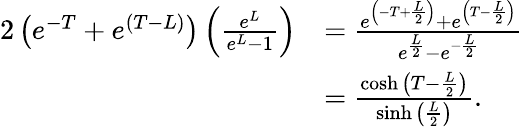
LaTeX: \begin{array}{rl}{{2}\left(e^{-T}+e^{(T-L)}\right)\left(\frac{e^{L}}{e^{L}-1}\right)}&{=\frac{e^{\left(-T+\frac{L}{2}\right)}+e^{\left(T-\frac{L}{2}\right)}}{e^{\frac{L}{2}}-e^{-\frac{L}{2}}}}\\ &{=\frac{\cosh{\left(T-\frac{L}{2}\right)}}{\sinh{\left(\frac{L}{2}\right)}}.}\end{array}